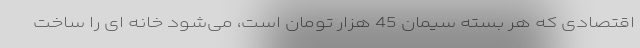
اقتصادی که هر بسته سیمان 45 هزار تومان است، می‌شود خانه ای را ساخت